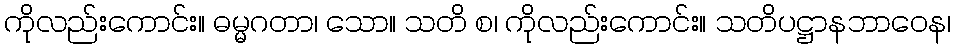
ကိုလည်းကောင်း။ ဓမ္မဂတာ၊ သော။ သတိ စ၊ ကိုလည်းကောင်း။ သတိပဋ္ဌာနဘာဝေန၊